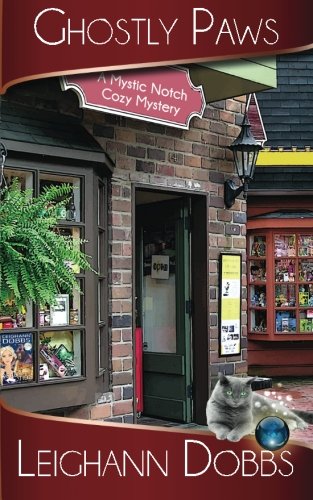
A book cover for Ghostly Paws (Mystic Notch Cozy Mystery Series) (Volume 1); Leighann Dobbs; Mystery, Thriller & Suspense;